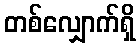
တစ်လျှောက်ရှိ